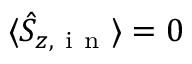
\langle \hat { S } _ { z , \mathrm { ~ i ~ n ~ } } \rangle = 0